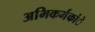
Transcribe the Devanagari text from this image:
अभिकर्मकांे